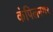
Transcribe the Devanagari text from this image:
कंपिलनगर